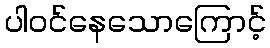
ပါဝင်နေသောကြောင့်